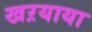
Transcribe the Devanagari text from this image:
खऱयाया